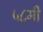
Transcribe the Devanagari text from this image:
५८मी